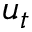
u _ { t }